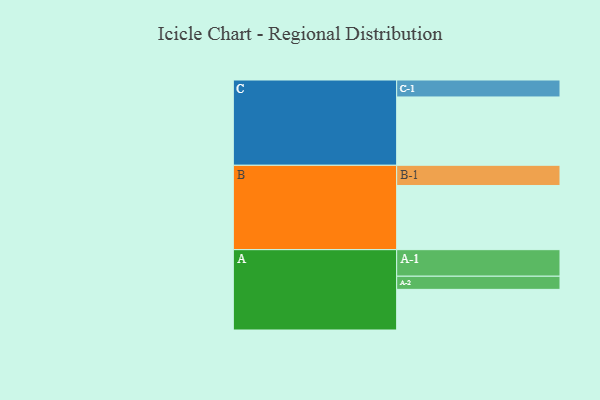
{"axis": {"x": "Segment", "y": "Value"}, "legend": ["", "A", "B", "C"], "data": [{"x": "A", "y": 352, "type": ""}, {"x": "B", "y": 556, "type": ""}, {"x": "C", "y": 592, "type": ""}, {"x": "A-1", "y": 230, "type": "A"}, {"x": "A-2", "y": 114, "type": "A"}, {"x": "B-1", "y": 175, "type": "B"}, {"x": "C-1", "y": 147, "type": "C"}]}